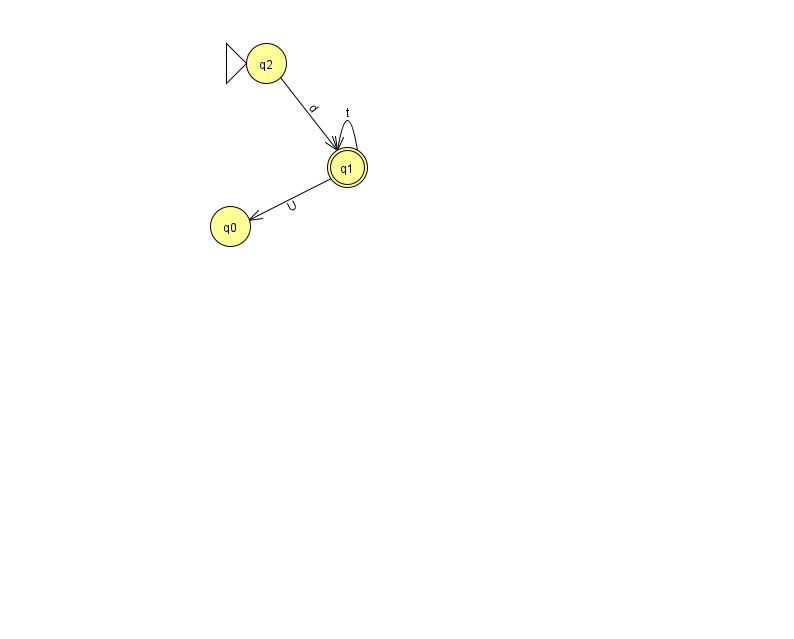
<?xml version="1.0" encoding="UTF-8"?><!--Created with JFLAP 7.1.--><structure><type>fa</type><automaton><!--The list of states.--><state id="0" name="q0"><x>230.0</x><y>213.0</y></state><state id="1" name="q1"><x>347.0</x><y>154.0</y><final/></state><state id="2" name="q2"><x>266.0</x><y>50.0</y><initial/></state><!--The list of transitions.--><transition><from>1</from><to>1</to><read>t</read></transition><transition><from>1</from><to>0</to><read>U</read></transition><transition><from>2</from><to>1</to><read>d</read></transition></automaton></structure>